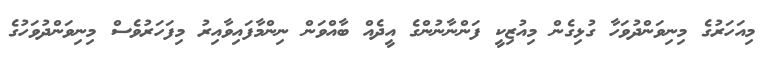
މިއަހަރުގެ މިނިވަންދުވަހާ ގުޅިގެން މިއުޒިކީ ފަންނާނުންގެ އީދެއް ބާއްވަން ނިންމާފައިވާއިރު މިފަހަރުވެސް މިނިވަންދުވަހުގެ